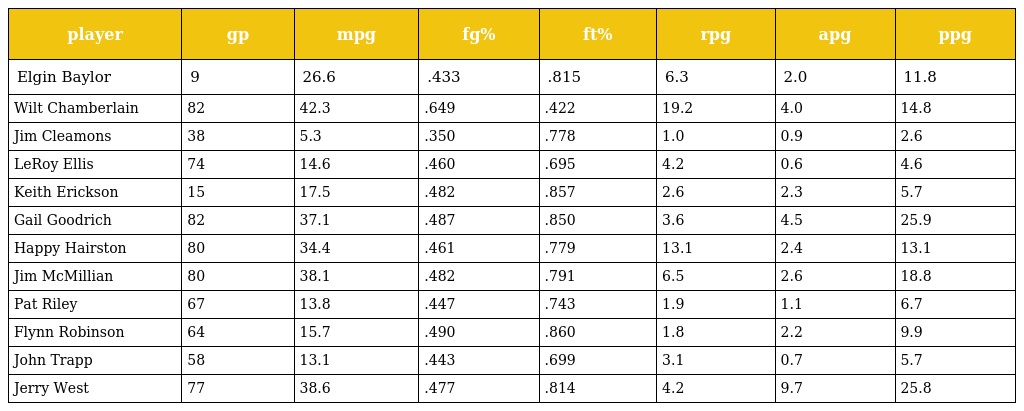
| player | gp | mpg | fg% | ft% | rpg | apg | ppg |
 | --- | --- | --- | --- | --- | --- | --- | --- |
 | Elgin Baylor | 9 | 26.6 | .433 | .815 | 6.3 | 2.0 | 11.8 |
 | Wilt Chamberlain | 82 | 42.3 | .649 | .422 | 19.2 | 4.0 | 14.8 |
 | Jim Cleamons | 38 | 5.3 | .350 | .778 | 1.0 | 0.9 | 2.6 |
 | LeRoy Ellis | 74 | 14.6 | .460 | .695 | 4.2 | 0.6 | 4.6 |
 | Keith Erickson | 15 | 17.5 | .482 | .857 | 2.6 | 2.3 | 5.7 |
 | Gail Goodrich | 82 | 37.1 | .487 | .850 | 3.6 | 4.5 | 25.9 |
 | Happy Hairston | 80 | 34.4 | .461 | .779 | 13.1 | 2.4 | 13.1 |
 | Jim McMillian | 80 | 38.1 | .482 | .791 | 6.5 | 2.6 | 18.8 |
 | Pat Riley | 67 | 13.8 | .447 | .743 | 1.9 | 1.1 | 6.7 |
 | Flynn Robinson | 64 | 15.7 | .490 | .860 | 1.8 | 2.2 | 9.9 |
 | John Trapp | 58 | 13.1 | .443 | .699 | 3.1 | 0.7 | 5.7 |
 | Jerry West | 77 | 38.6 | .477 | .814 | 4.2 | 9.7 | 25.8 |